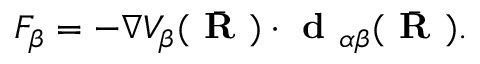
F _ { \beta } = - \nabla V _ { \beta } ( { \bar { \textbf { R } } } ) \cdot \textbf { d } _ { \alpha \beta } ( \bar { \textbf { R } } ) .